Enquiry on enteric fever in India - Number 32
Disease focus: Fever
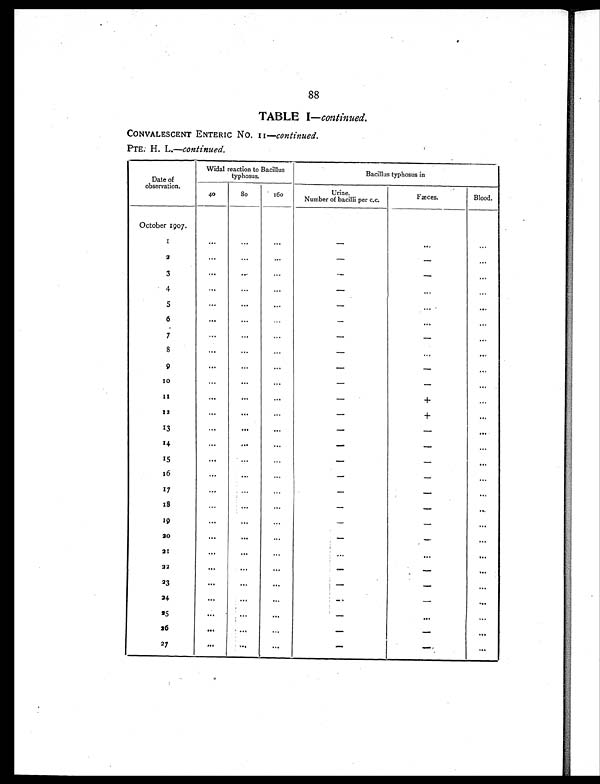
88
TABLE I—continued.
CONVALESCENT ENTERIC No. II—continue.
PTE. H. L.—continued.
Date of
observation.
Widal reaction to Bacillus
typhosus.
Bacillus typhosus in
40
80
160
Urine.
Number of bacilli per c.c.
Fæces.
Blood.
October 1907.
1
. . .
. . .
. . .
-
...
. . .
2
...
. . . ...
-
-
...
3
. . .
. . . ...
-
-
. . .
4
...
...
...
-
...
. . .
5
. . .
. . .
. . .
-
...
. . .
6
. . .
...
...
-
...
. . .
7
. . .
. . .
...
-
-
. . .
8
. . .
. . . ...
-
...
. . .
9
. . .
. . .
...
-
-
...
10
. . .
. . .
. . .
-
- . . .
11
. . .
. . .
...
-
+
...
12
. . .
. . .
...
-
+
. . .
13
. . .
. . .
. . .
-
-
. . .
1 4
. . .
. . .
. . .
-
-
. . .
15
. . .
. . .
. . .
-
-
. . .
16
. . .
. . .
. . .
-
-
. . .
1 7
. . .
. . .
. . .
-
-
...
18
...
. . .
...
-
-
. . .
19
. . .
. . .
. . .
-
-
. . .
20
. . .
. . .
...
-
-
. . .
21
. . .
. . .
. . .
. . .
. . .
. . .
2 2
. . .
. . .
. . .
-
-
. . .
23
. . .
...
. . .
-
-
. . .
24
. . .
. . .
. . .
-
-
. . .
25
. . .
. . .
. . .
-
. . .
. . .
2 6
. . .
. . .
. . .
-
-
. . .
27
. . .
. . .
. . .
-
-.
. .